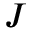
J